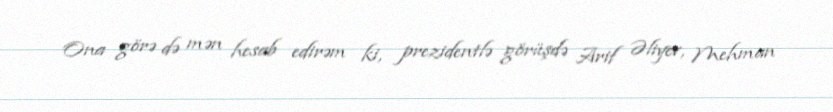
Ona görə də mən hesab edirəm ki, prezidentlə görüşdə Arif Əliyev, Mehman